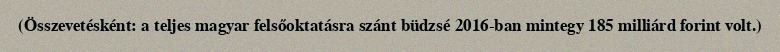
(Összevetésként: a teljes magyar felsőoktatásra szánt büdzsé 2016-ban mintegy 185 milliárd forint volt.)